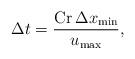
LaTeX: \begin{align*} \Delta t=\frac{\operatorname{Cr} \Delta x_{\min}}{u_{\max}},\end{align*}